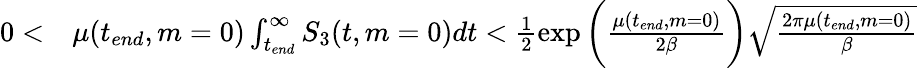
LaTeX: \begin{array}{rl}{0<}&{{}\mu(t_{end},m=0)\int_{t_{end}}^{\infty}S_{3}(t,m=0)dt<\frac{1}{2}\exp{\bigg(\frac{\mu(t_{end},m=0)}{2\beta}\bigg)}\sqrt{\frac{2\pi\mu(t_{end},m=0)}{\beta}}}\end{array}